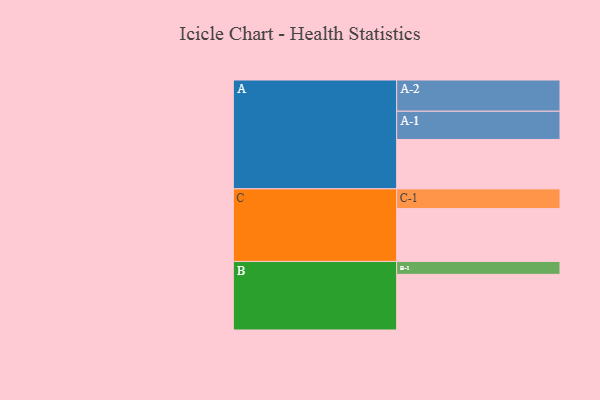
{"axis": {"x": "Segment", "y": "Value"}, "legend": ["", "A", "B", "C"], "data": [{"x": "A", "y": 348, "type": ""}, {"x": "B", "y": 392, "type": ""}, {"x": "C", "y": 372, "type": ""}, {"x": "A-1", "y": 199, "type": "A"}, {"x": "A-2", "y": 220, "type": "A"}, {"x": "B-1", "y": 91, "type": "B"}, {"x": "C-1", "y": 139, "type": "C"}]}